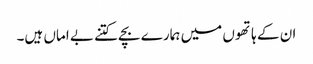
ان کے ہاتھوں میں ہمارے بچے کتنے بے اماں ہیں۔